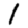
Digit: 1